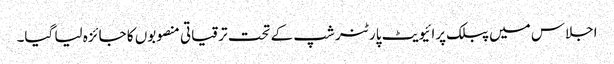
اجلاس میں پبلک پرائیویٹ پارٹنر شپ کے تحت ترقیاتی منصوبوں کا جائزہ لیا گیا۔